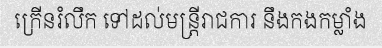
ក្រើនរំលឹក ទៅដល់មន្ត្រីរាជការ នឹងកងកម្លាំង